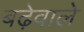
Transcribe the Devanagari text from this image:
बढ़ेवाले